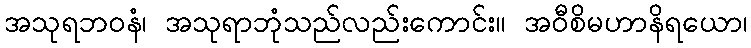
အသုရဘဝနံ၊ အသုရာဘုံသည်လည်းကောင်း။ အဝီစိမဟာနိရယော၊